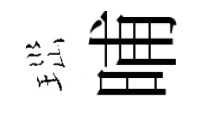
𤤼晡